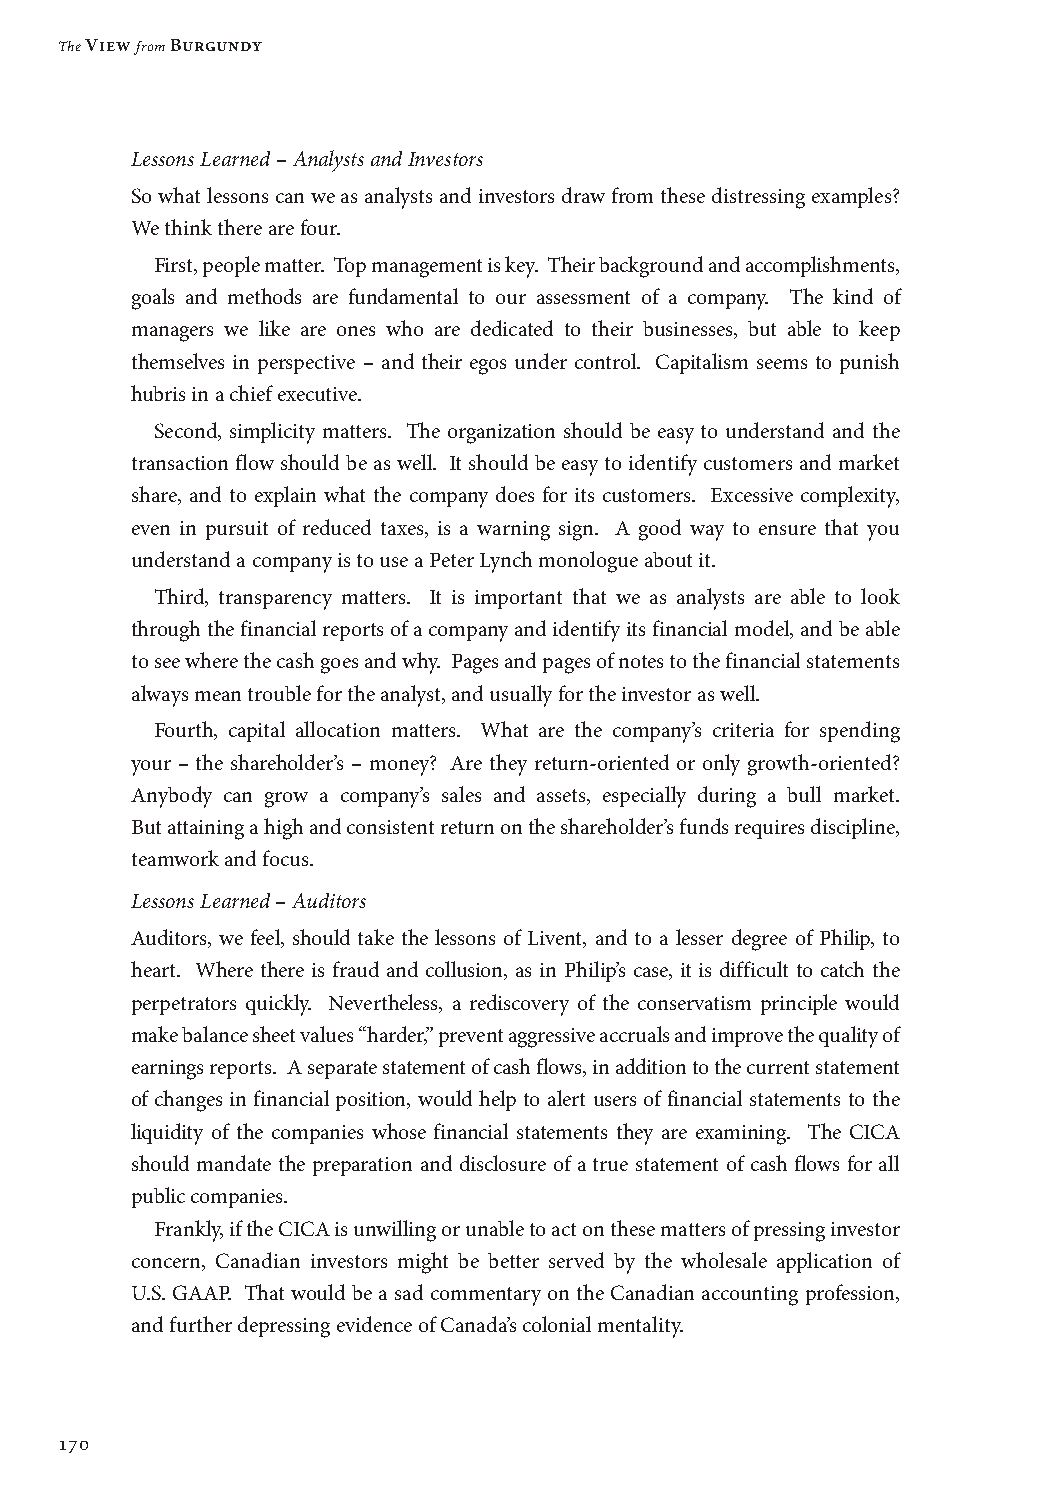
The View from Burgundy
 Lessons Learned – Analysts and Investors
 So what lessons can we as analysts and investors draw from these distressing examples?
 We think there are four.
 First, people matter. Top management is key. Their background and accomplishments,
 goals and methods are fundamental to our assessment of a company. The kind of
 managers we like are ones who are dedicated to their businesses, but able to keep
 themselves in perspective – and their egos under control. Capitalism seems to punish
 hubris in a chief executive.
 Second, simplicity matters. The organization should be easy to understand and the
 transaction flow should be as well. It should be easy to identify customers and market
 share, and to explain what the company does for its customers. Excessive complexity,
 even in pursuit of reduced taxes, is a warning sign. A good way to ensure that you
 understand a company is to use a Peter Lynch monologue about it.
 Third, transparency matters. It is important that we as analysts are able to look
 through the financial reports of a company and identify its financial model, and be able
 to see where the cash goes and why. Pages and pages of notes to the financial statements
 always mean trouble for the analyst, and usually for the investor as well.
 Fourth, capital allocation matters. What are the company’s criteria for spending
 your – the shareholder’s – money? Are they return-oriented or only growth-oriented?
 Anybody can grow a company’s sales and assets, especially during a bull market.
 But attaining a high and consistent return on the shareholder’s funds requires discipline,
 teamwork and focus.
 Lessons Learned – Auditors
 Auditors, we feel, should take the lessons of Livent, and to a lesser degree of Philip, to
 heart. Where there is fraud and collusion, as in Philip’s case, it is difficult to catch the
 perpetrators quickly. Nevertheless, a rediscovery of the conservatism principle would
 make balance sheet values “harder,” prevent aggressive accruals and improve the quality of
 earnings reports. A separate statement of cash flows, in addition to the current statement
 of changes in financial position, would help to alert users of financial statements to the
 liquidity of the companies whose financial statements they are examining. The CICA
 should mandate the preparation and disclosure of a true statement of cash flows for all
 public companies.
 Frankly, if the CICA is unwilling or unable to act on these matters of pressing investor
 concern, Canadian investors might be better served by the wholesale application of
 U.S. GAAP. That would be a sad commentary on the Canadian accounting profession,
 and further depressing evidence of Canada’s colonial mentality.
 170